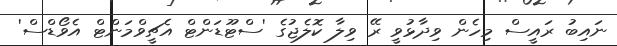
ނައިބު ރައީސް މިހެން ވިދާޅުވީ ރޭ ވިލާ ކޮލެޖުގެ 'ސްޓޫޑަންޓް އެޗީވްމަންޓް އެވޯޑްސް'